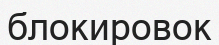
блокировок